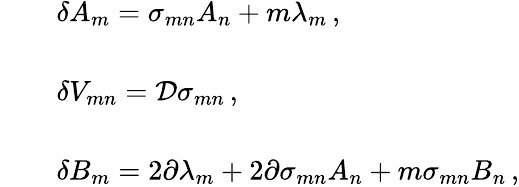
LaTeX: \begin{array}{rcl}{{}}&{{}}&{{\delta A_{m}=\sigma_{mn}A_{n}+m\lambda_{m}\, ,}}\\ {{}}&{{}}&{{}}\\ {{}}&{{}}&{{\delta V_{mn}={\cal D}\sigma_{mn}\, ,}}\\ {{}}&{{}}&{{}}\\ {{}}&{{}}&{{\delta B_{m}=2\partial\lambda_{m}+2\partial\sigma_{mn}A_{n}+m\sigma_{mn}B_{n}\, ,}}\end{array}